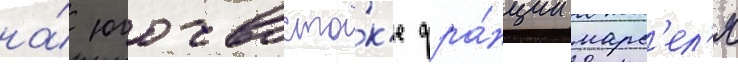
на́ юго-восто́к'е фра́нции марс'ел'я